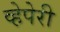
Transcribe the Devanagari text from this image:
व्हेपेरी